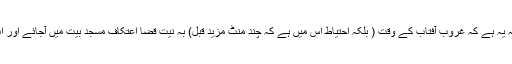
(اَلدُّرُالْمُخْتَار مَعَہ، رَدّالْمُحْتَار ج ۳ ص ۳۹۱ ) قضاکا طریقہ یہ ہے کہ غروبِ آفتاب کے وقت ( بلکہ اِحتیاط اس میں ہے کہ چند منٹ مزید قبل) بہ نیّت قضا اعتِکاف مسجدِ بیت میں آجائے اور اب جو دن آئے گا اُس کے غُروبِ آفتاب تک معتکف رہے۔